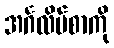
အင်္ဂလိပ်စာကို